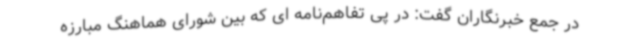
در جمع خبرنگاران گفت: در پی تفاهم‌نامه ای که بین شورای هماهنگ مبارزه